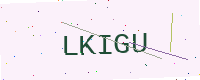
Text: LKIGU